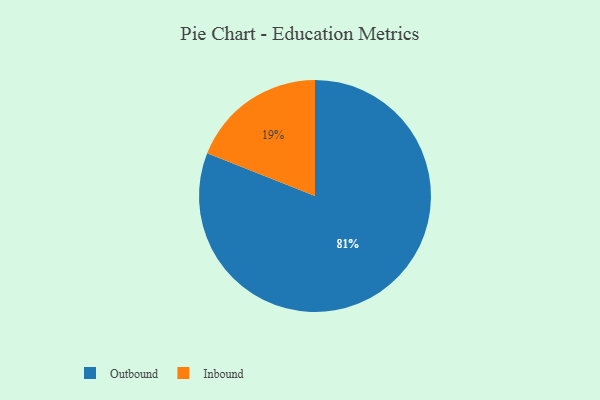
{"axis": {"x": "Category", "y": "Percentage"}, "legend": ["Inbound", "Outbound"], "data": [{"x": "Inbound", "y": 19, "type": "Inbound"}, {"x": "Outbound", "y": 81, "type": "Outbound"}]}